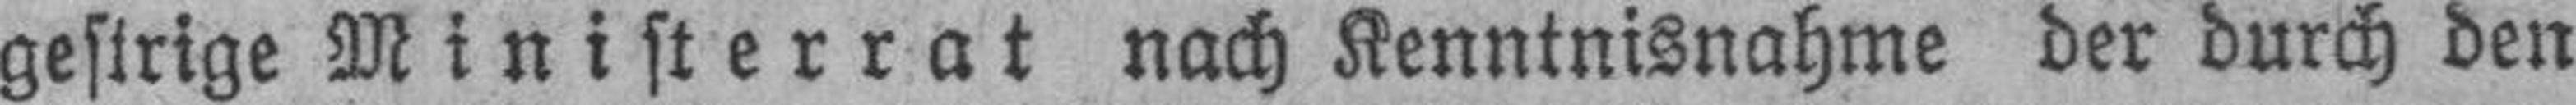
gestrige Ministerrat nach Kenntnisnahme der durch den